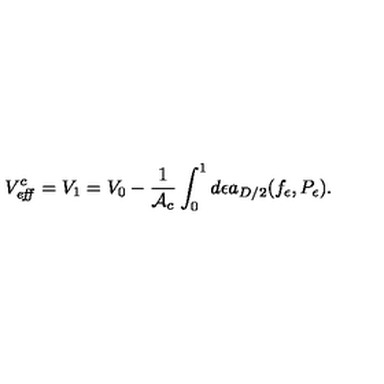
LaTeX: V _ { \mathrm { \footnotesize \it e f f } } ^ { c } = V _ { 1 } = V _ { 0 } - { \frac { 1 } { { \cal A } _ { c } } } \int _ { 0 } ^ { 1 } d \epsilon a _ { D / 2 } ( f _ { \epsilon } , P _ { \epsilon } ) .